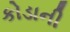
કોડાની